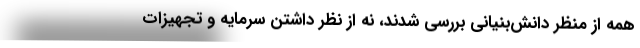
همه از منظر دانش‌بنیانی بررسی شدند، نه از نظر داشتن سرمایه و تجهیزات